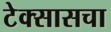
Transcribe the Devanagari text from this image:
टेक्सासचा